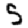
Digit: 5